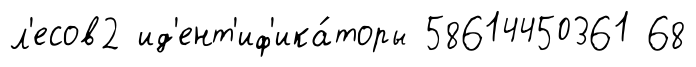
л'есов2 ид'ент'иф'ика́торы 58614450361 68